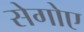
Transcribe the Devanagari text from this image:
सेगोए